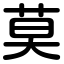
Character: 莫